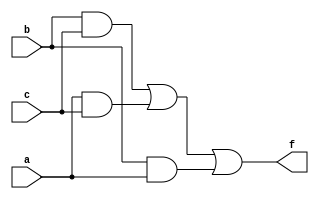
module maj_det(a,b,c,f);
input a,b,c;
output f;

assign f = ((b&c) | (a&c) | (b&a));
endmodule